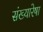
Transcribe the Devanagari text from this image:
संख्यारेषा